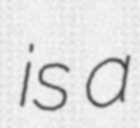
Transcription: is a